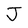
Character: J